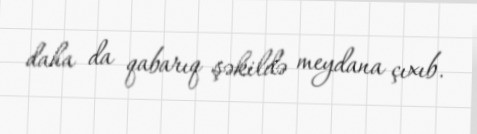
daha da qabarıq şəkildə meydana çıxıb.